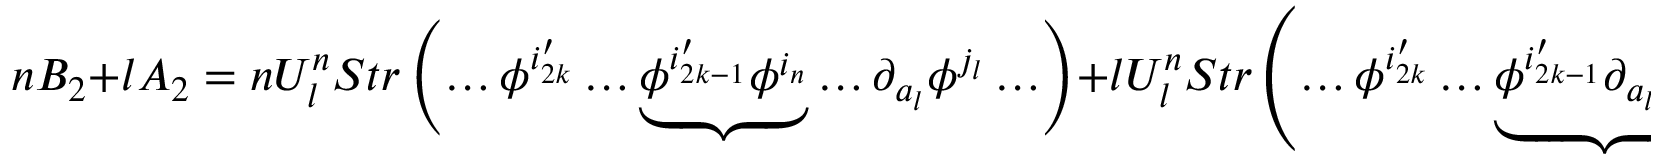
n B _ { 2 } + l A _ { 2 } = n U _ { l } ^ { n } S t r \left( \ldots \phi ^ { i _ { 2 k } ^ { \prime } } \ldots \underbrace { \phi ^ { i _ { 2 k - 1 } ^ { \prime } } \phi ^ { i _ { n } } } \ldots \partial _ { a _ { l } } \phi ^ { j _ { l } } \ldots \right) + l U _ { l } ^ { n } S t r \left( \ldots \phi ^ { i _ { 2 k } ^ { \prime } } \ldots \underbrace { \phi ^ { i _ { 2 k - 1 } ^ { \prime } } \partial _ { a _ { l } } \phi ^ { j _ { l } } } \ldots \right)